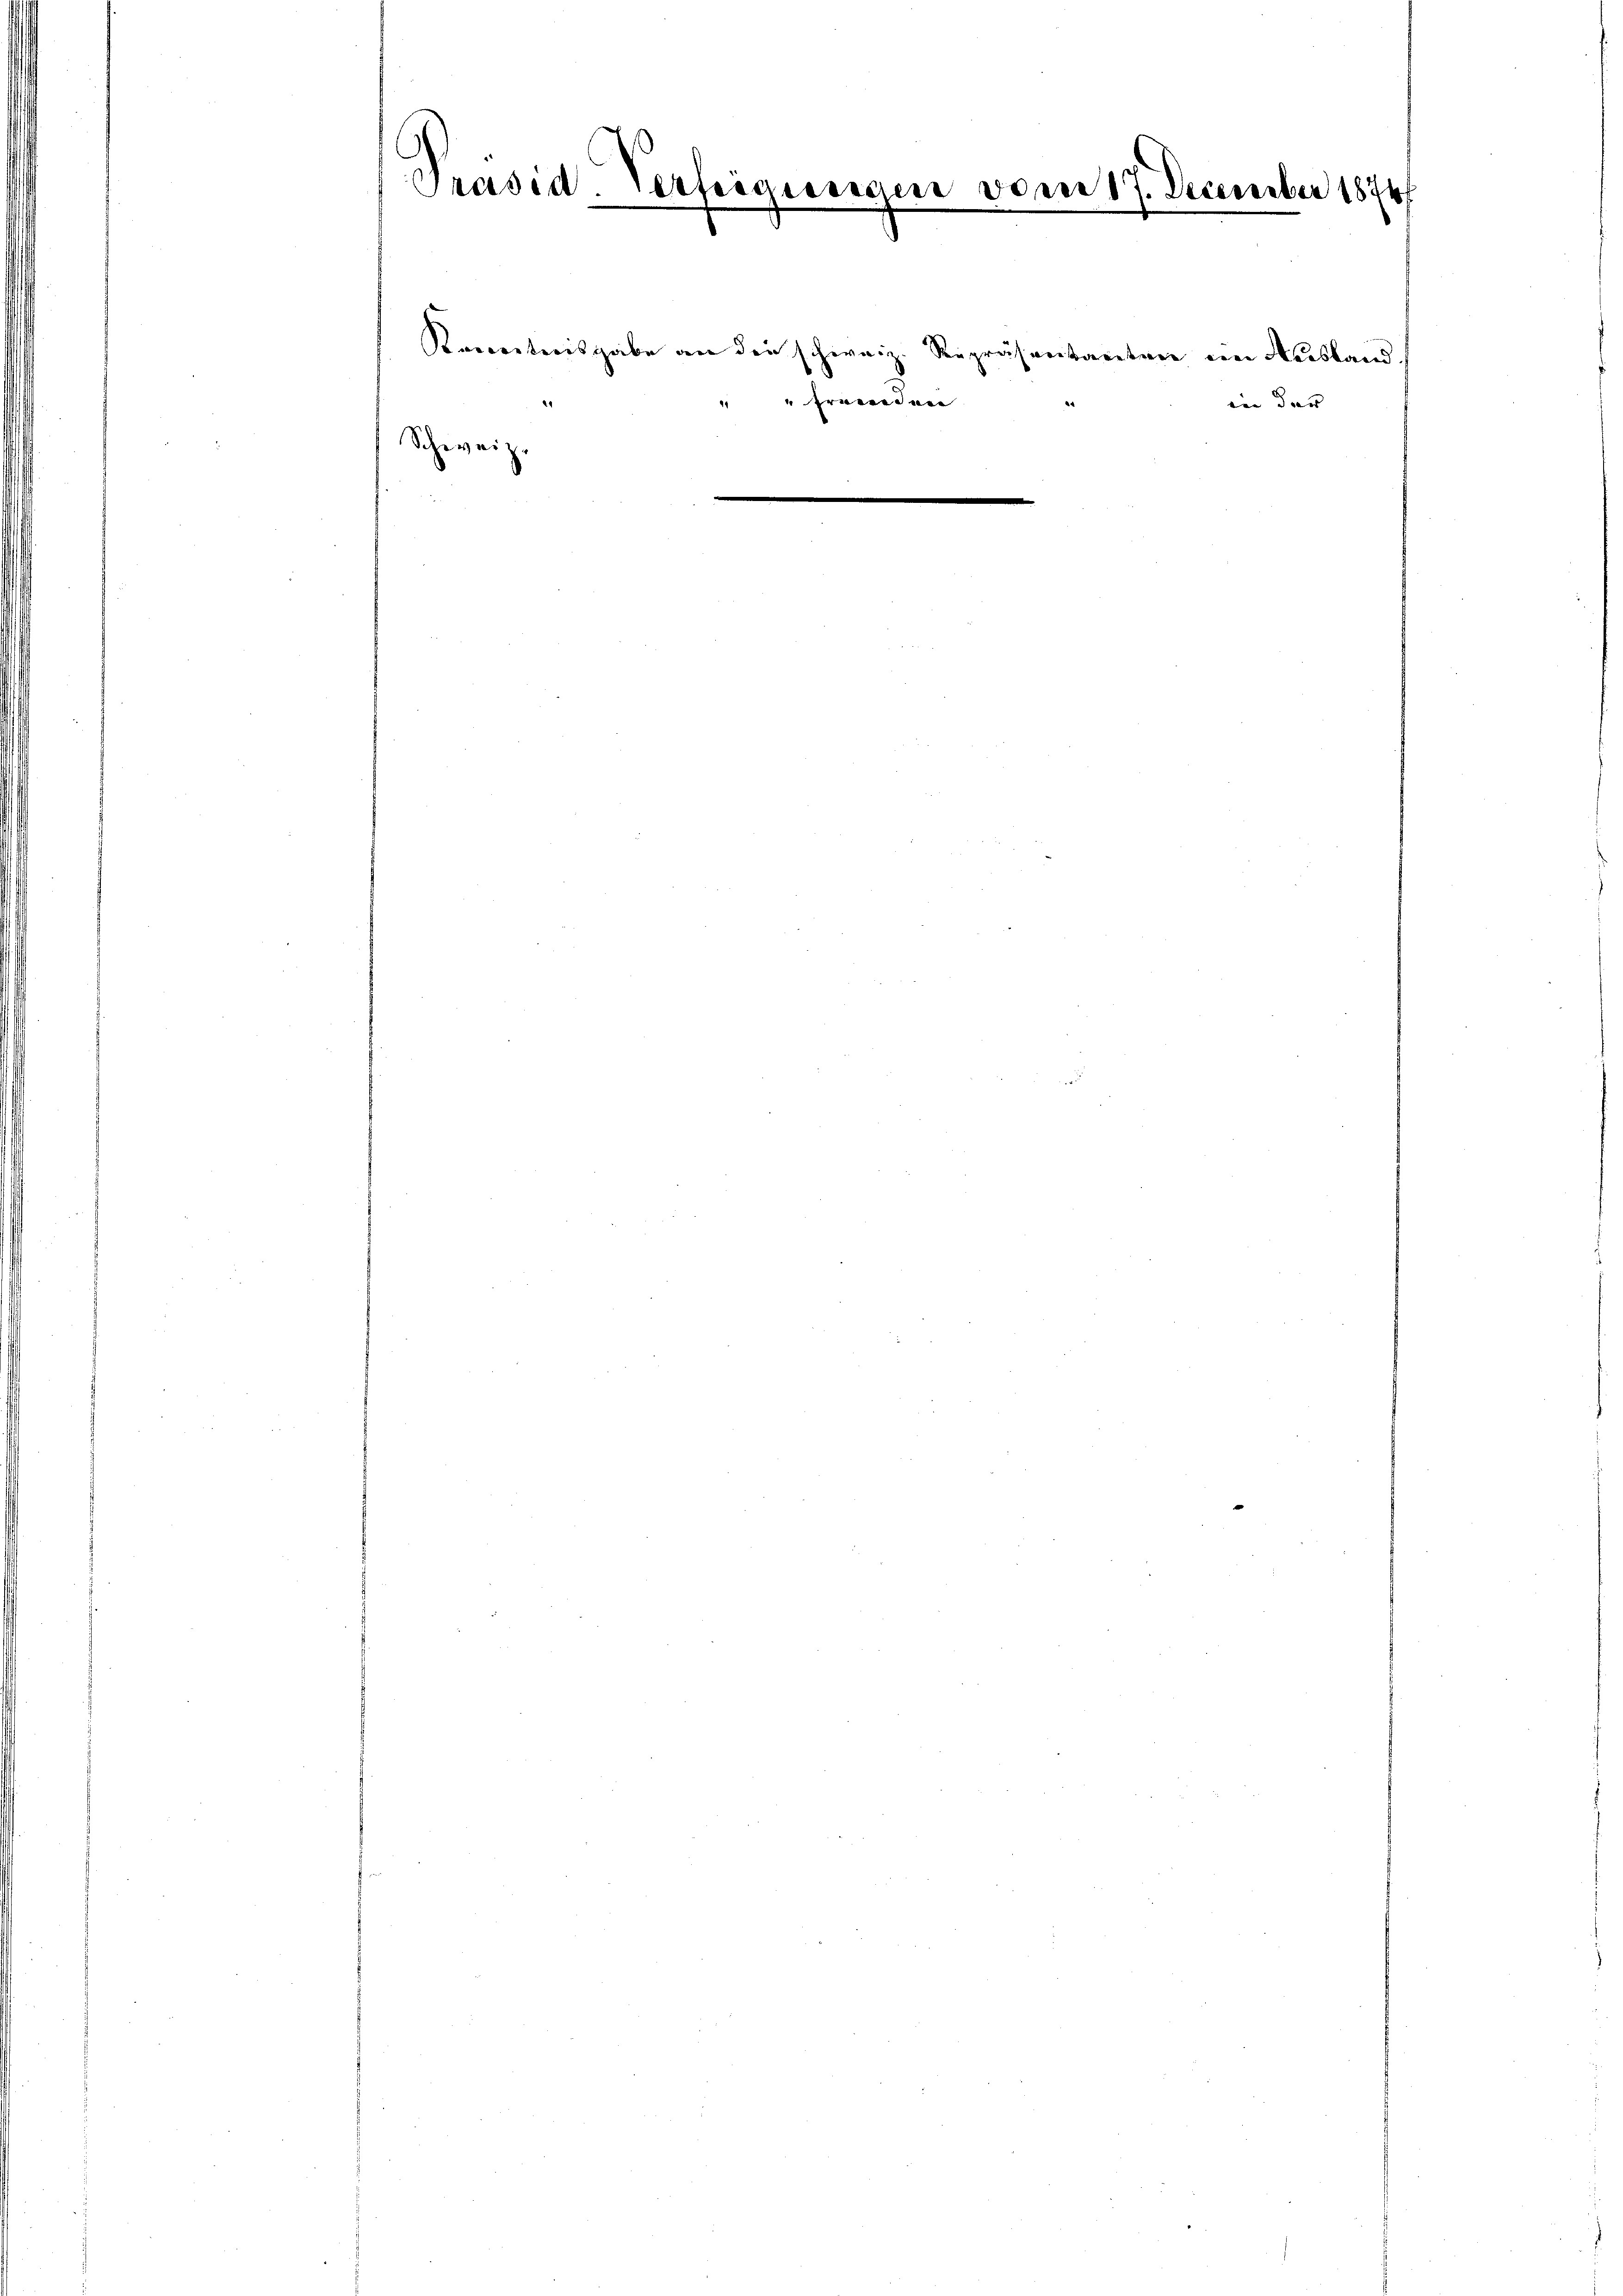
Präsid-Verfügungen
.

Schweiz.

Kenntnisgabe an die schweiz. Repräsentanten ein Ausland
 "Erwiedene
.

vom 17. December 1874

inn der